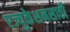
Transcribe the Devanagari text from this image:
एज्युकेशनसाठी